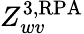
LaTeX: Z_{wv}^{\mathrm{3,RPA}}